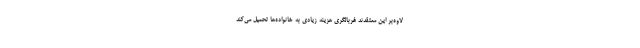
لاوه‌بر این معتقدند غربالگری هزینه زیادی به خانواده‌ها تحمیل می‌کند